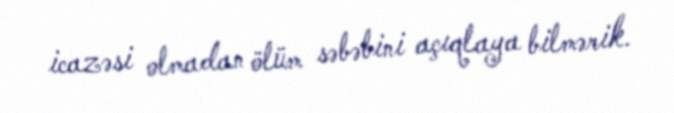
icazəsi olmadan ölüm səbəbini açıqlaya bilmərik.